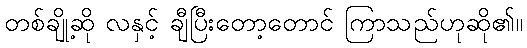
တစ်ချို့ဆို လနှင့် ချီပြီးတော့တောင် ကြာသည်ဟုဆို၏။